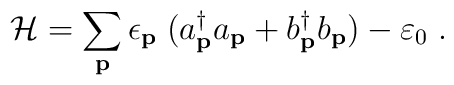
{\cal H}=\sum_{{\bf {p}}}\epsilon _{{\bf {p}}}\;(a_{{\bf {p}}}^{\dagger} a_{{\bf {p}}} + b_{{\bf {p}}}^{\dagger} b_{{\bf {p}}})-\varepsilon _{0}\;.